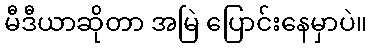
မီဒီယာဆိုတာ အမြဲ ပြောင်းနေမှာပဲ။